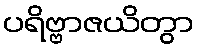
ပရိဗ္ဗာဇယိတွာ